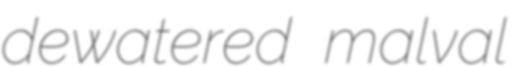
dewatered malval